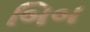
બિબ